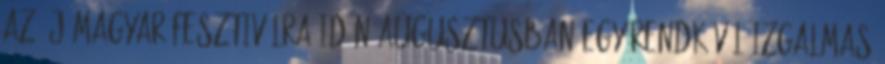
az új magyar fesztiválra Idén augusztusban egy rendkívül izgalmas